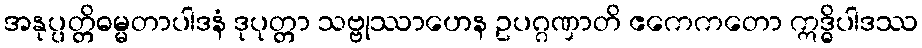
အနုပ္ပတ္တိဓမ္မတာပါဒနံ ဒုပုတ္တာ သဗ္ဗုဿာဟေန ဥပဂ္ဂဏှာတိ ဧကေကတော ဣဒ္ဓိပါဒဿ